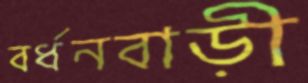
বর্ধনবাড়ী